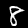
Digit: 8